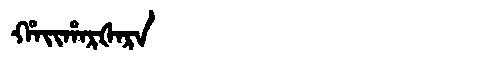
Manchu: ᡥᠠᡳᡥᠠᡵᡧᠠᡵᠠ
Romanization: HAIHARŠARA